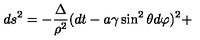
d s ^ { 2 } = - \frac { \Delta } { \rho ^ { 2 } } ( d t - a \gamma \sin ^ { 2 } \theta d \varphi ) ^ { 2 } +